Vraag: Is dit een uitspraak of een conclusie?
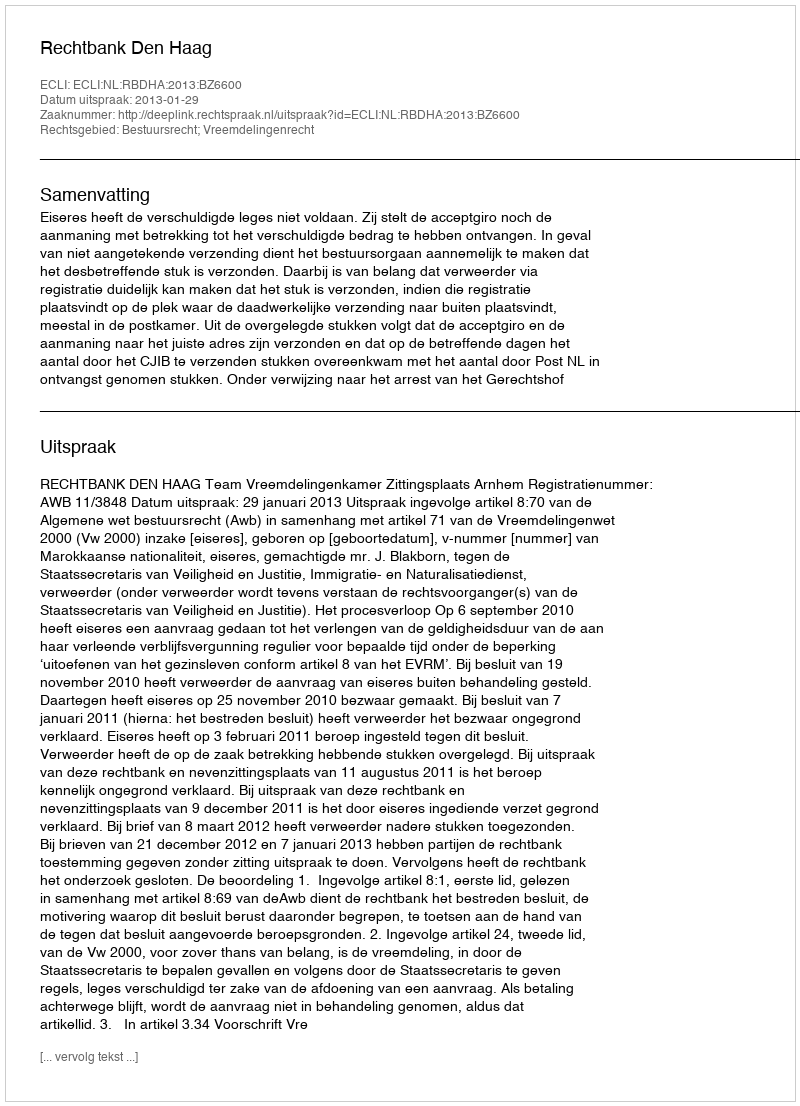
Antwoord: Uitspraak